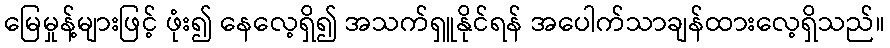
မြေမှုန့်များဖြင့် ဖုံး၍ နေလေ့ရှိ၍ အသက်ရှူနိုင်ရန် အပေါက်သာချန်ထားလေ့ရှိသည်။